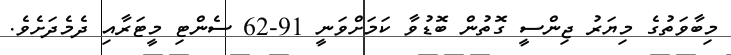
މިބާވަތުގެ މިޔަރު ޖިންސީ ގޮތުން ބޮޑުވާ ކަމަށްވަނީ 91-62 ސެންޓި މީޓަރާއި ދެމެދަށެވެ.